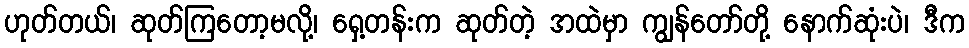
ဟုတ်တယ်၊ ဆုတ်ကြတော့မလို့၊ ရှေ့တန်းက ဆုတ်တဲ့ အထဲမှာ ကျွန်တော်တို့ နောက်ဆုံးပဲ၊ ဒီက